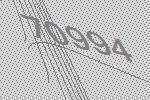
70994